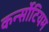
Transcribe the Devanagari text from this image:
कर्न्सोटियम